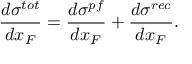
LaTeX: \frac { d \sigma ^ { t o t } } { d x _ { F } } = \frac { d \sigma ^ { p f } } { d x _ { F } } + \frac { d \sigma ^ { r e c } } { d x _ { F } } .